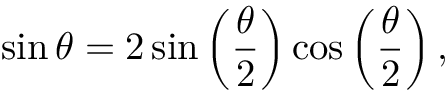
\sin \theta = 2 \sin \left( { \frac { \theta } { 2 } } \right) \cos \left( { \frac { \theta } { 2 } } \right) ,